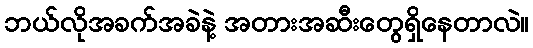
ဘယ်လိုအခက်အခဲနဲ့ အတားအဆီးတွေရှိနေတာလဲ။